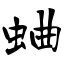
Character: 蛐